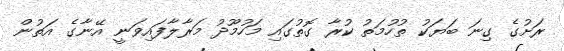
ރަށުގެ ގިނަ ބަޔަކު ތުހުމަތު ކުރާ ގޮތުގައި މަހުމޫދު މަރާލާފައިވަނީ އޭނާގެ އަތުން